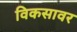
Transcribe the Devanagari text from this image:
विकसावर